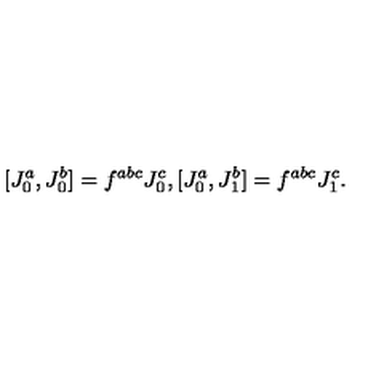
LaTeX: { } [ J _ { 0 } ^ { a } , J _ { 0 } ^ { b } ] = f ^ { a b c } J _ { 0 } ^ { c } , [ J _ { 0 } ^ { a } , J _ { 1 } ^ { b } ] = f ^ { a b c } { } J _ { 1 } ^ { c } . ~